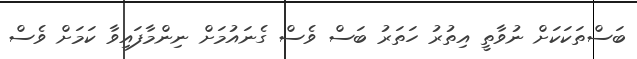
ބަސްތަކަކަށް ނުވާތީ އިތުރު ހަތަރު ބަސް ވެސް ގެނައުމަށް ނިންމާފައިވާ ކަމަށް ވެސް